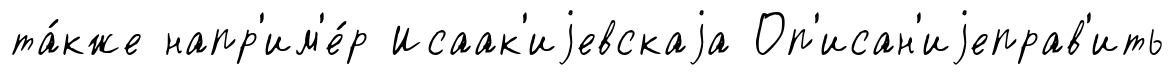
та́кже напр'им'е́р Исаак'иjевскаjа Оп'исан'иjеправ'ить